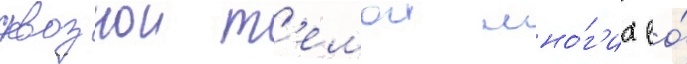
сквознои т'емои мно́г'их ео́